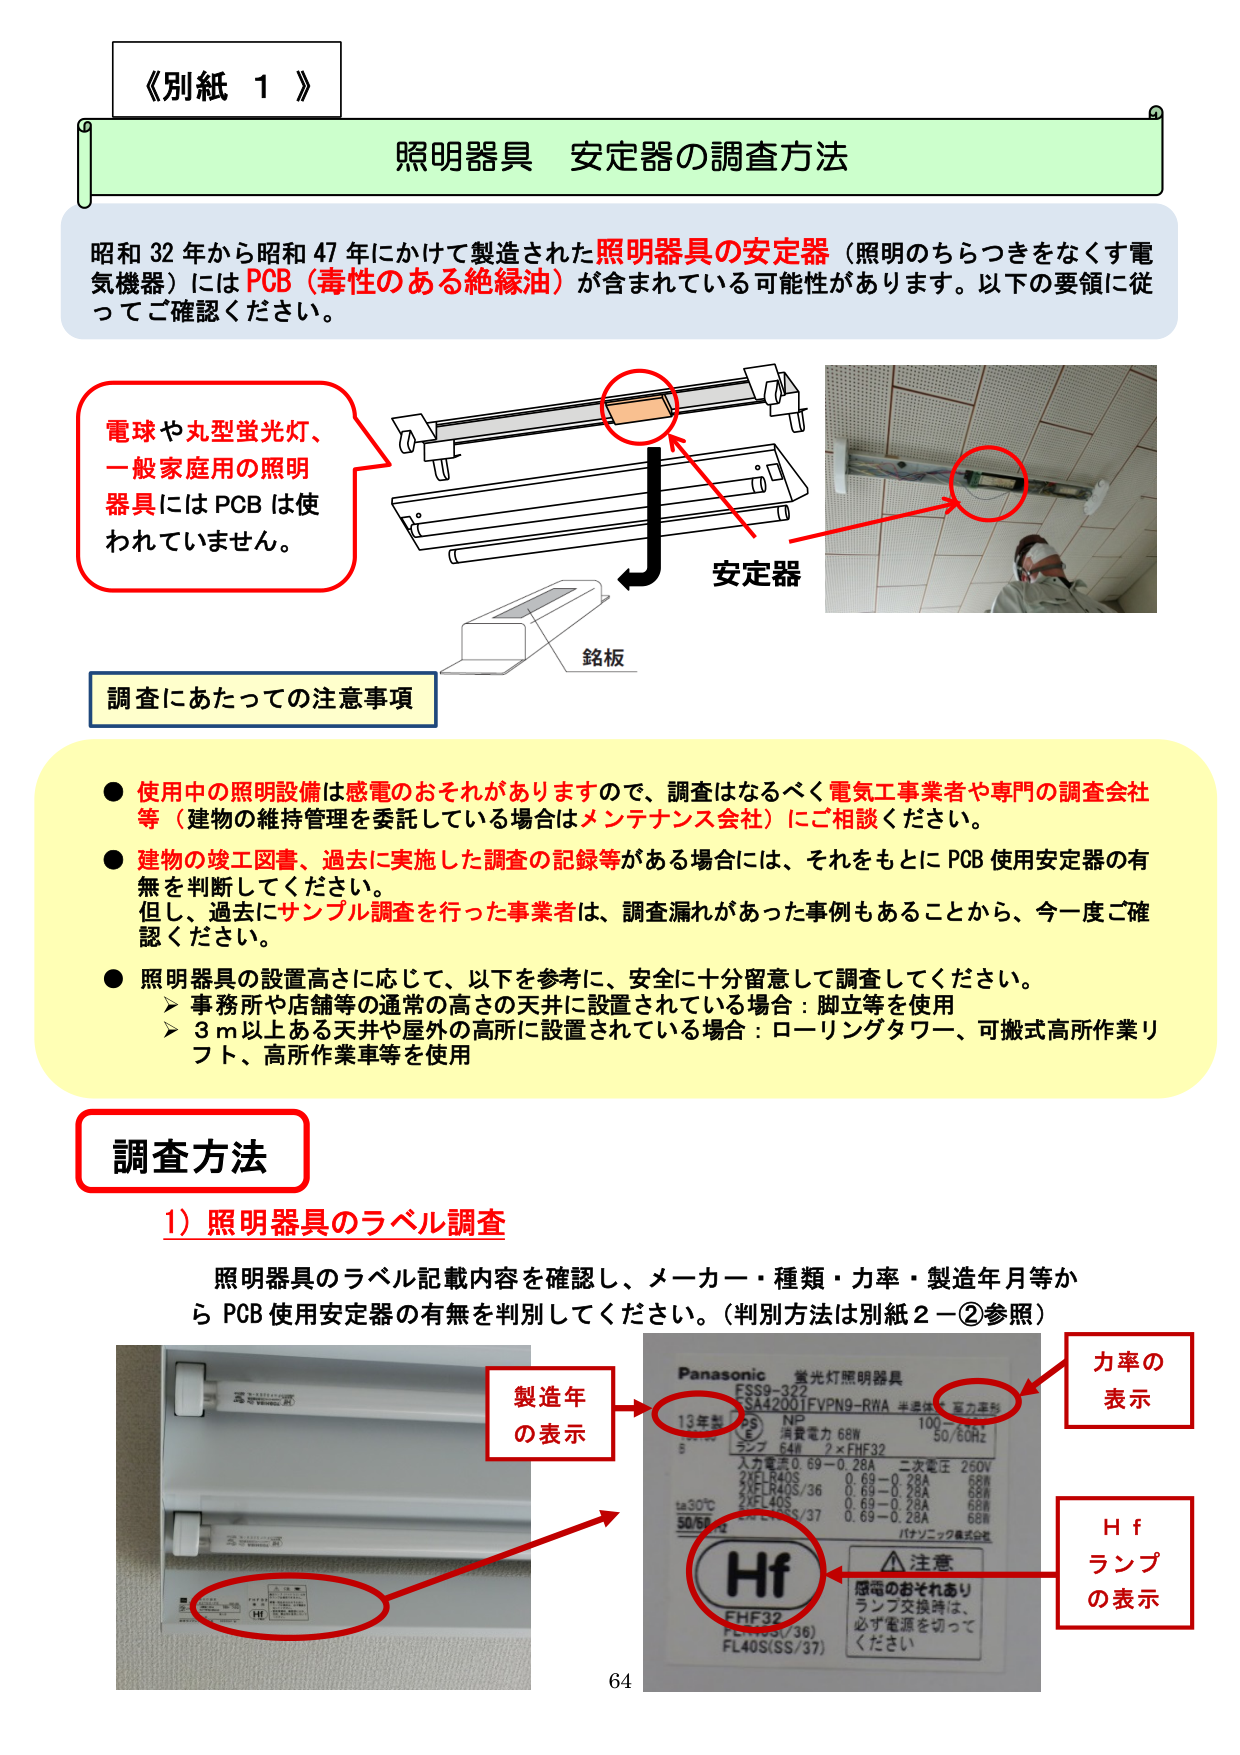
《別紙 1》
照明器具 安定器の調査方法

昭和32年から昭和47年にかけて製造された照明器具の安定器（照明のちらつきをなくす電気機器）にはPCB（毒性のある絶縁油）が含まれている可能性があります。以下の要領に従ってご確認ください。

電球や丸型蛍光灯、一般家庭用の照明器具にはPCBは使われていません。

安定器
銘板

調査にあたっての注意事項

● 使用中の照明設備は感電のおそれがありますので、調査はなるべく電気工事業者や専門の調査会社等（建物の維持管理を委託している場合はメンテナンス会社）にご相談ください。
● 建物の竣工図書、過去に実施した調査の記録等がある場合には、それをもとにPCB使用安定器の有無を判断してください。
　但し、過去にサンプル調査を行った事業者は、調査漏れがあった事例もあることから、今一度ご確認ください。
● 照明器具の設置高さに応じて、以下を参考に、安全に十分留意して調査してください。
　➤ 事務所や店舗等の通常の高さの天井に設置されている場合：脚立等を使用
　➤ 3m以上ある天井や屋外の高所に設置されている場合：ローリングタワー、可搬式高所作業リフト、高所作業車等を使用

調査方法

1）照明器具のラベル調査
照明器具のラベル記載内容を確認し、メーカー・種類・力率・製造年月等からPCB使用安定器の有無を判別してください。（判別方法は別紙2－②参照）

Panasonic 蛍光灯照明器具
ESS9-322
ESA4200JFVPN9-RNA 半導体・電力形
13年製
NP 消費電力 68W 100～240V
ランプ 64W 2×FHE32 50/60Hz
入力電流 0.69～0.28A 二次電圧 250V
2×FLR40S 0.69～0.28A 68W
2×FLR40S/36 0.69～0.28A 68W
2×FL40S 0.69～0.28A 68W
2×FL40S/37 0.69～0.28A 68W
ta30℃
50/60Hz
Hf
FHF32
FL40S(/36)
FL40S(SS/37)
パナソニック株式会社

△注意
感電のおそれあり
ランプ交換時は、
必ず電源を切ってください

製造年の表示
力率の表示
Hf ランプの表示

64